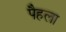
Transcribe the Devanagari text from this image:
पैहला